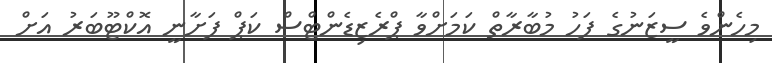
މިހެންވެ ސީޒަނުގެ ފަހު މުބާރާތް ކަމަށްވާ ޕްރެޒިޑެންޓްސް ކަޕް ފަށާނީ އޮކްޓޫބަރު އަށް